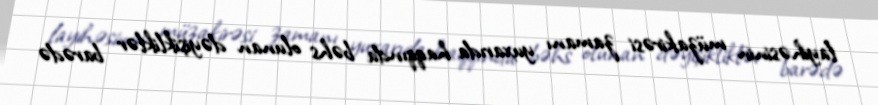
layihəsinin müzakirəsi zamanı yuxarıda haqqında bəhs olunan dəyişikliklər barədə